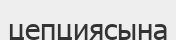
цепциясына